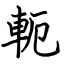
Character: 軛